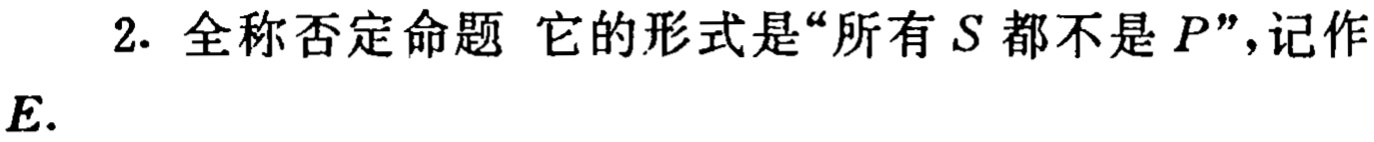
2. 全称否定命题 它的形式是“所有\(S\)都不是\(P\)”，记作\(E\).